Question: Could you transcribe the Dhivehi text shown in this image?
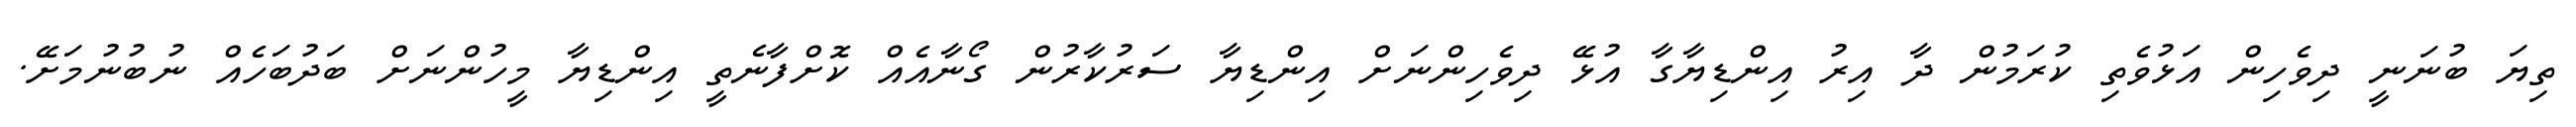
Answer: ތިޔަ ބުނަނީ ދިވެހިން އަޅުވެތި ކުރަމުން ދާ އިރު އިންޑިޔާގާ އުޅޭ ދިވެހިންނަށް އިންޑިޔާ ސަރުކާރުން ގޯނާއެއް ކޮށްފާނެތީ އިންޑިޔާ މީހުންނަށް ބަދުބަހެއް ނުބުނުމަށޭ.